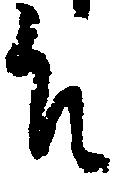
殿